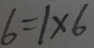
6 = 1 \times 6